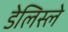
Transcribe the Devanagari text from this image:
डेलिस्ले